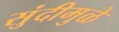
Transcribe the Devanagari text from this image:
सुंदीमुळे